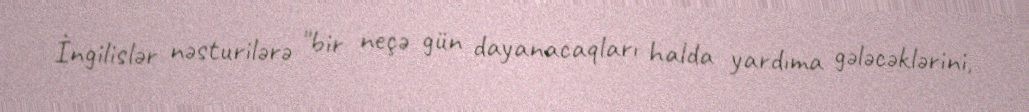
İngilislər nəsturilərə "bir neçə gün dayanacaqları halda yardıma gələcəklərini,